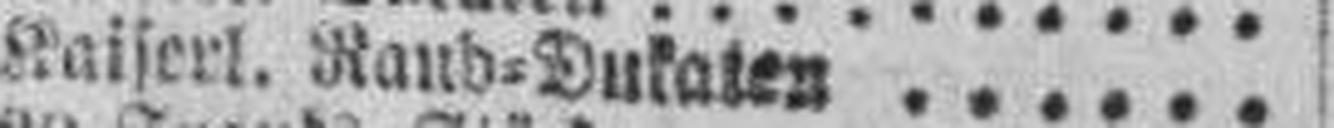
Kaiserl. Rand=Dukaten